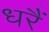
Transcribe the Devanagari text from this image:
धरैं